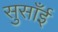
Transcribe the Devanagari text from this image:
सुसाँई